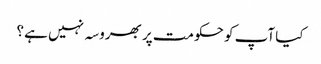
کیا آپ کو حکومت پر بھروسہ نہیں ہے ؟